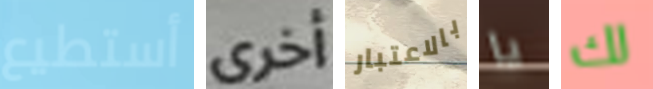
أستطيع أخرى بالاعتبار يا لك